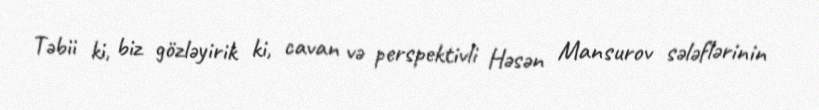
Təbii ki, biz gözləyirik ki, cavan və perspektivli Həsən Mansurov sələflərinin